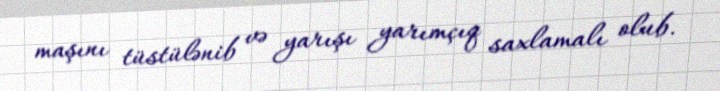
maşını tüstülənib və yarışı yarımçıq saxlamalı olub.